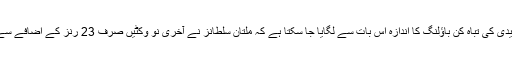
شاہین آفریدی کی تباہ کن باؤلنگ کا اندازہ اس بات سے لگایا جا سکتا ہے کہ ملتان سلطانز نے آخری نو وکٹیں صرف 23 رنز کے اضافے سے گنوائیں۔